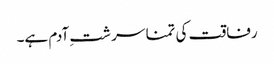
رفاقت کی تمنا سر شتِ آدم ہے۔